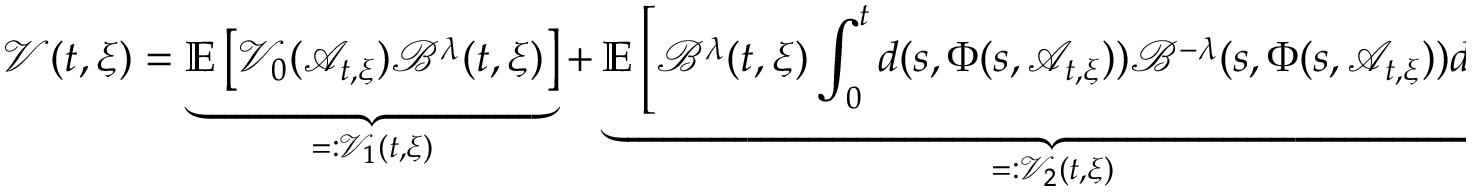
\mathcal { V } ( t , \xi ) = \underbrace { \mathbb { E } \left[ \mathcal { V } _ { 0 } ( \mathcal { A } _ { t , \xi } ) \mathcal { B } ^ { \lambda } ( t , \xi ) \right] } _ { = : \mathcal { V } _ { 1 } ( t , \xi ) } + \underbrace { \mathbb { E } \left[ \mathcal { B } ^ { \lambda } ( t , \xi ) \int _ { 0 } ^ { t } d ( s , \Phi ( s , \mathcal { A } _ { t , \xi } ) ) \mathcal { B } ^ { - \lambda } ( s , \Phi ( s , \mathcal { A } _ { t , \xi } ) ) d s \right] } _ { = : \mathcal { V } _ { 2 } ( t , \xi ) } .